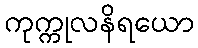
ကုက္ကုလနိရယော